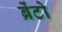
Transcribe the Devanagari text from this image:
ब्रेंटो